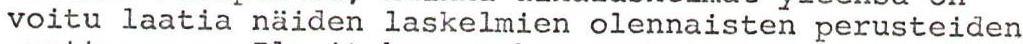
voitu laatia näiden laskelmien olennaisten perusteiden